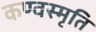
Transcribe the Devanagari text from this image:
कण्वस्मृति